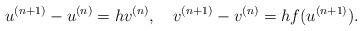
LaTeX: \begin{align*}u^{(n+1)}-u^{(n)}=hv^{(n)}, \quad v^{(n+1)}-v^{(n)}=hf(u^{(n+1)}).\end{align*}